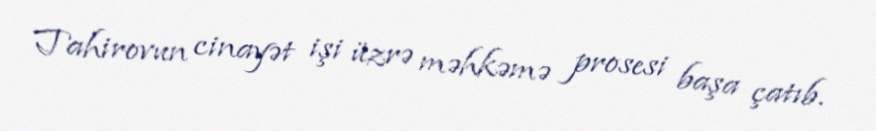
Tahirovun cinayət işi üzrə məhkəmə prosesi başa çatıb.